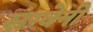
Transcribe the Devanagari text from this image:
संग्वेनी